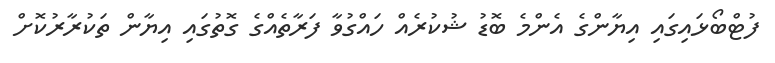
ފުޓްބޯޅައިގައި އިޔާންގެ އެންމެ ބޮޑު ޝުކުރެއް ހައްގުވާ ފަރާތެއްގެ ގޮތުގައި އިޔާން ތަކުރާރުކޮށް